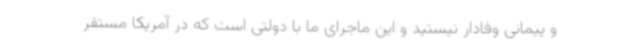
و پیمانی وفادار نیستید و این ماجرای ما با دولتی است که در آمریکا مستقر